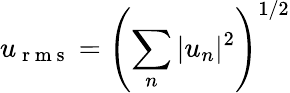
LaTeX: u_{\mathrm{~r~m~s~}}=\left(\sum_{n}|u_{n}|^{2}\right)^{1/2}